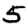
Digit: 5